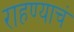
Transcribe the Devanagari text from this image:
राहण्याचं